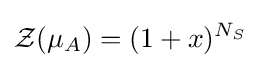
{\mathcal {Z}}(\mu _{A})=(1+x)^{N_{S}}